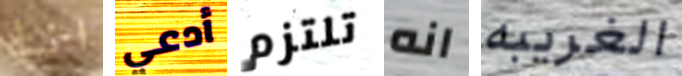
انا أدعي تلتزم انه الغريبه